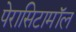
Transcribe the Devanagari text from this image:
पेरासिटामॉल